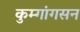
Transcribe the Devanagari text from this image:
कुम्गांगसन